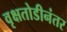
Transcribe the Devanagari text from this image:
वृक्षतोडीनंतर